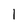
Character: 1